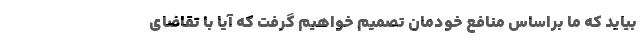
بیاید که ما براساس منافع خودمان تصمیم خواهیم گرفت که آیا با تقاضای